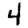
Digit: 4